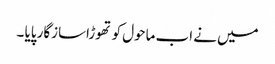
میں نے اب ماحول کو تھوڑاسازگار پایا ۔